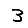
Digit: 3